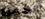
الجميع